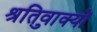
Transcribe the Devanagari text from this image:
श्रुतिवाक्यों